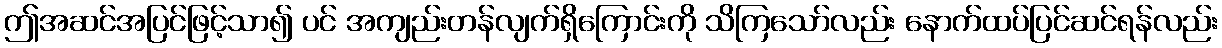
ဤအဆင်အပြင်ဖြင့်သာ၍ ပင် အကျည်းတန်လျက်ရှိကြောင်းကို သိကြသော်လည်း နောက်ထပ်ပြင်ဆင်ရန်လည်း